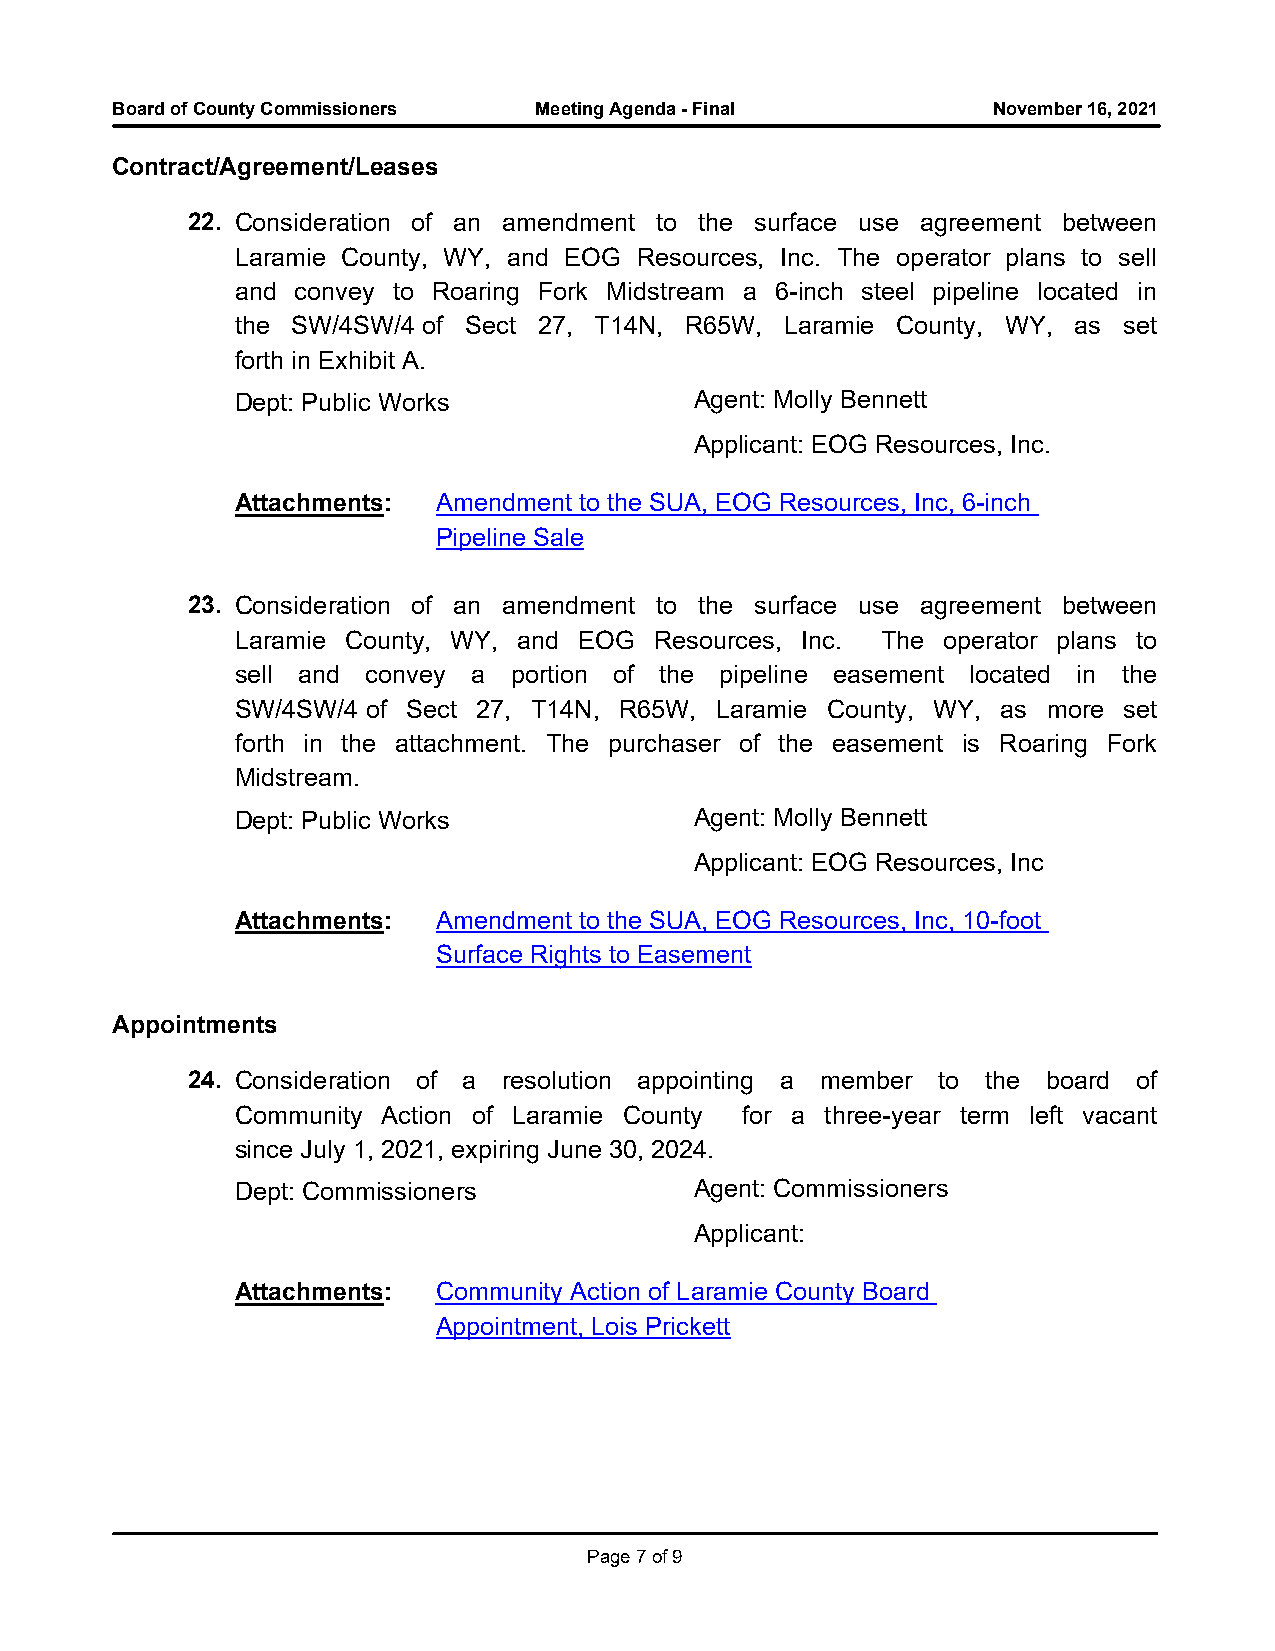
Board of County Commissioners Meeting Agenda - Final       November 16, 2021
 Contract/Agreement/Leases
 22. Consideration of an amendment to the surface use agreement between
 Laramie County, WY, and EOG Resources, Inc. The operator plans to sell
 and convey to Roaring Fork Midstream a 6-inch steel pipeline located in
 the SW/4SW/4 of Sect 27, T14N, R65W, Laramie County, WY, as set
 forth in Exhibit A.
 Dept: Public Works            Agent: Molly Bennett
 Applicant: EOG Resources, Inc.
 Attachments: Amendment to the SUA, EOG Resources, Inc, 6-inch
 Pipeline Sale
 23. Consideration of an amendment to the surface use agreement between
 Laramie County, WY, and EOG Resources, Inc. The operator plans to
 sell and convey a portion of the pipeline easement located in the
 SW/4SW/4 of Sect 27, T14N, R65W, Laramie County, WY, as more set
 forth in the attachment. The purchaser of the easement is Roaring Fork
 Midstream.
 Dept: Public Works            Agent: Molly Bennett
 Applicant: EOG Resources, Inc
 Attachments: Amendment to the SUA, EOG Resources, Inc, 10-foot
 Surface Rights to Easement
 Appointments
 24. Consideration of a resolution appointing a member to the board of
 Community Action of Laramie County for a three-year term left vacant
 since July 1, 2021, expiring June 30, 2024.
 Dept: Commissioners           Agent: Commissioners
 Applicant:
 Attachments: Community Action of Laramie County Board
 Appointment, Lois Prickett
 Page 7 of 9